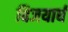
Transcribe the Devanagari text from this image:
विजयार्ध